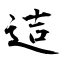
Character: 迼